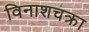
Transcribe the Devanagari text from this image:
विनाशचक्रा